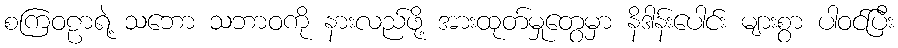
စကြဝဠာရဲ့ သဘော သဘာဝကို နားလည်ဖို့ အားထုတ်မှုတွေမှာ နိဒါန်းပေါင်း များစွာ ပါဝင်ပြီး